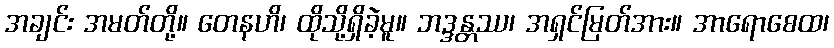
အချင်း အမတ်တို့။ တေနဟိ၊ ထိုသို့ရှိခဲ့မူ။ ဘဒ္ဒန္တဿ၊ အရှင်မြတ်အား။ အာရောစေထ၊